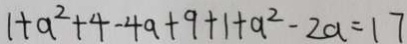
1 + a ^ { 2 } + 4 - 4 a + 9 + 1 + a ^ { 2 } - 2 a = 1 7